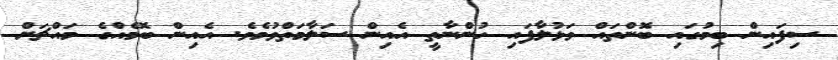
ސިފައިން ބިމުގައި ބޮންތައް ވަޅުލާފައި ހުންނާތީ އެއިން ސަލާމަތްވުމެވެ. އެއިން ބޮމެއްގެ މައްޗަށް